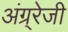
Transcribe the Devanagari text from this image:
अंग्र्रेजी